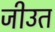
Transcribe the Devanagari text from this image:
जीउत